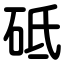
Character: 砥